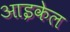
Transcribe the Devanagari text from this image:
आइकेल